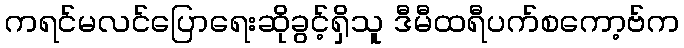
ကရင်မလင်ပြောရေးဆိုခွင့်ရှိသူ ဒီမီထရီပက်စကော့ဗ်က